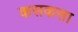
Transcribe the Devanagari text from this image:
कसकसा